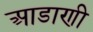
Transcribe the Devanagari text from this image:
आडाणी